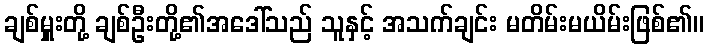
ချစ်မှူးတို့ ချစ်ဦးတို့၏အဒေါ်သည် သူနှင့် အသက်ချင်း မတိမ်းမယိမ်းဖြစ်၏။